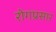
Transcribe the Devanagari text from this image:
रोगप्रसार